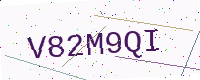
Text: V82M9QI